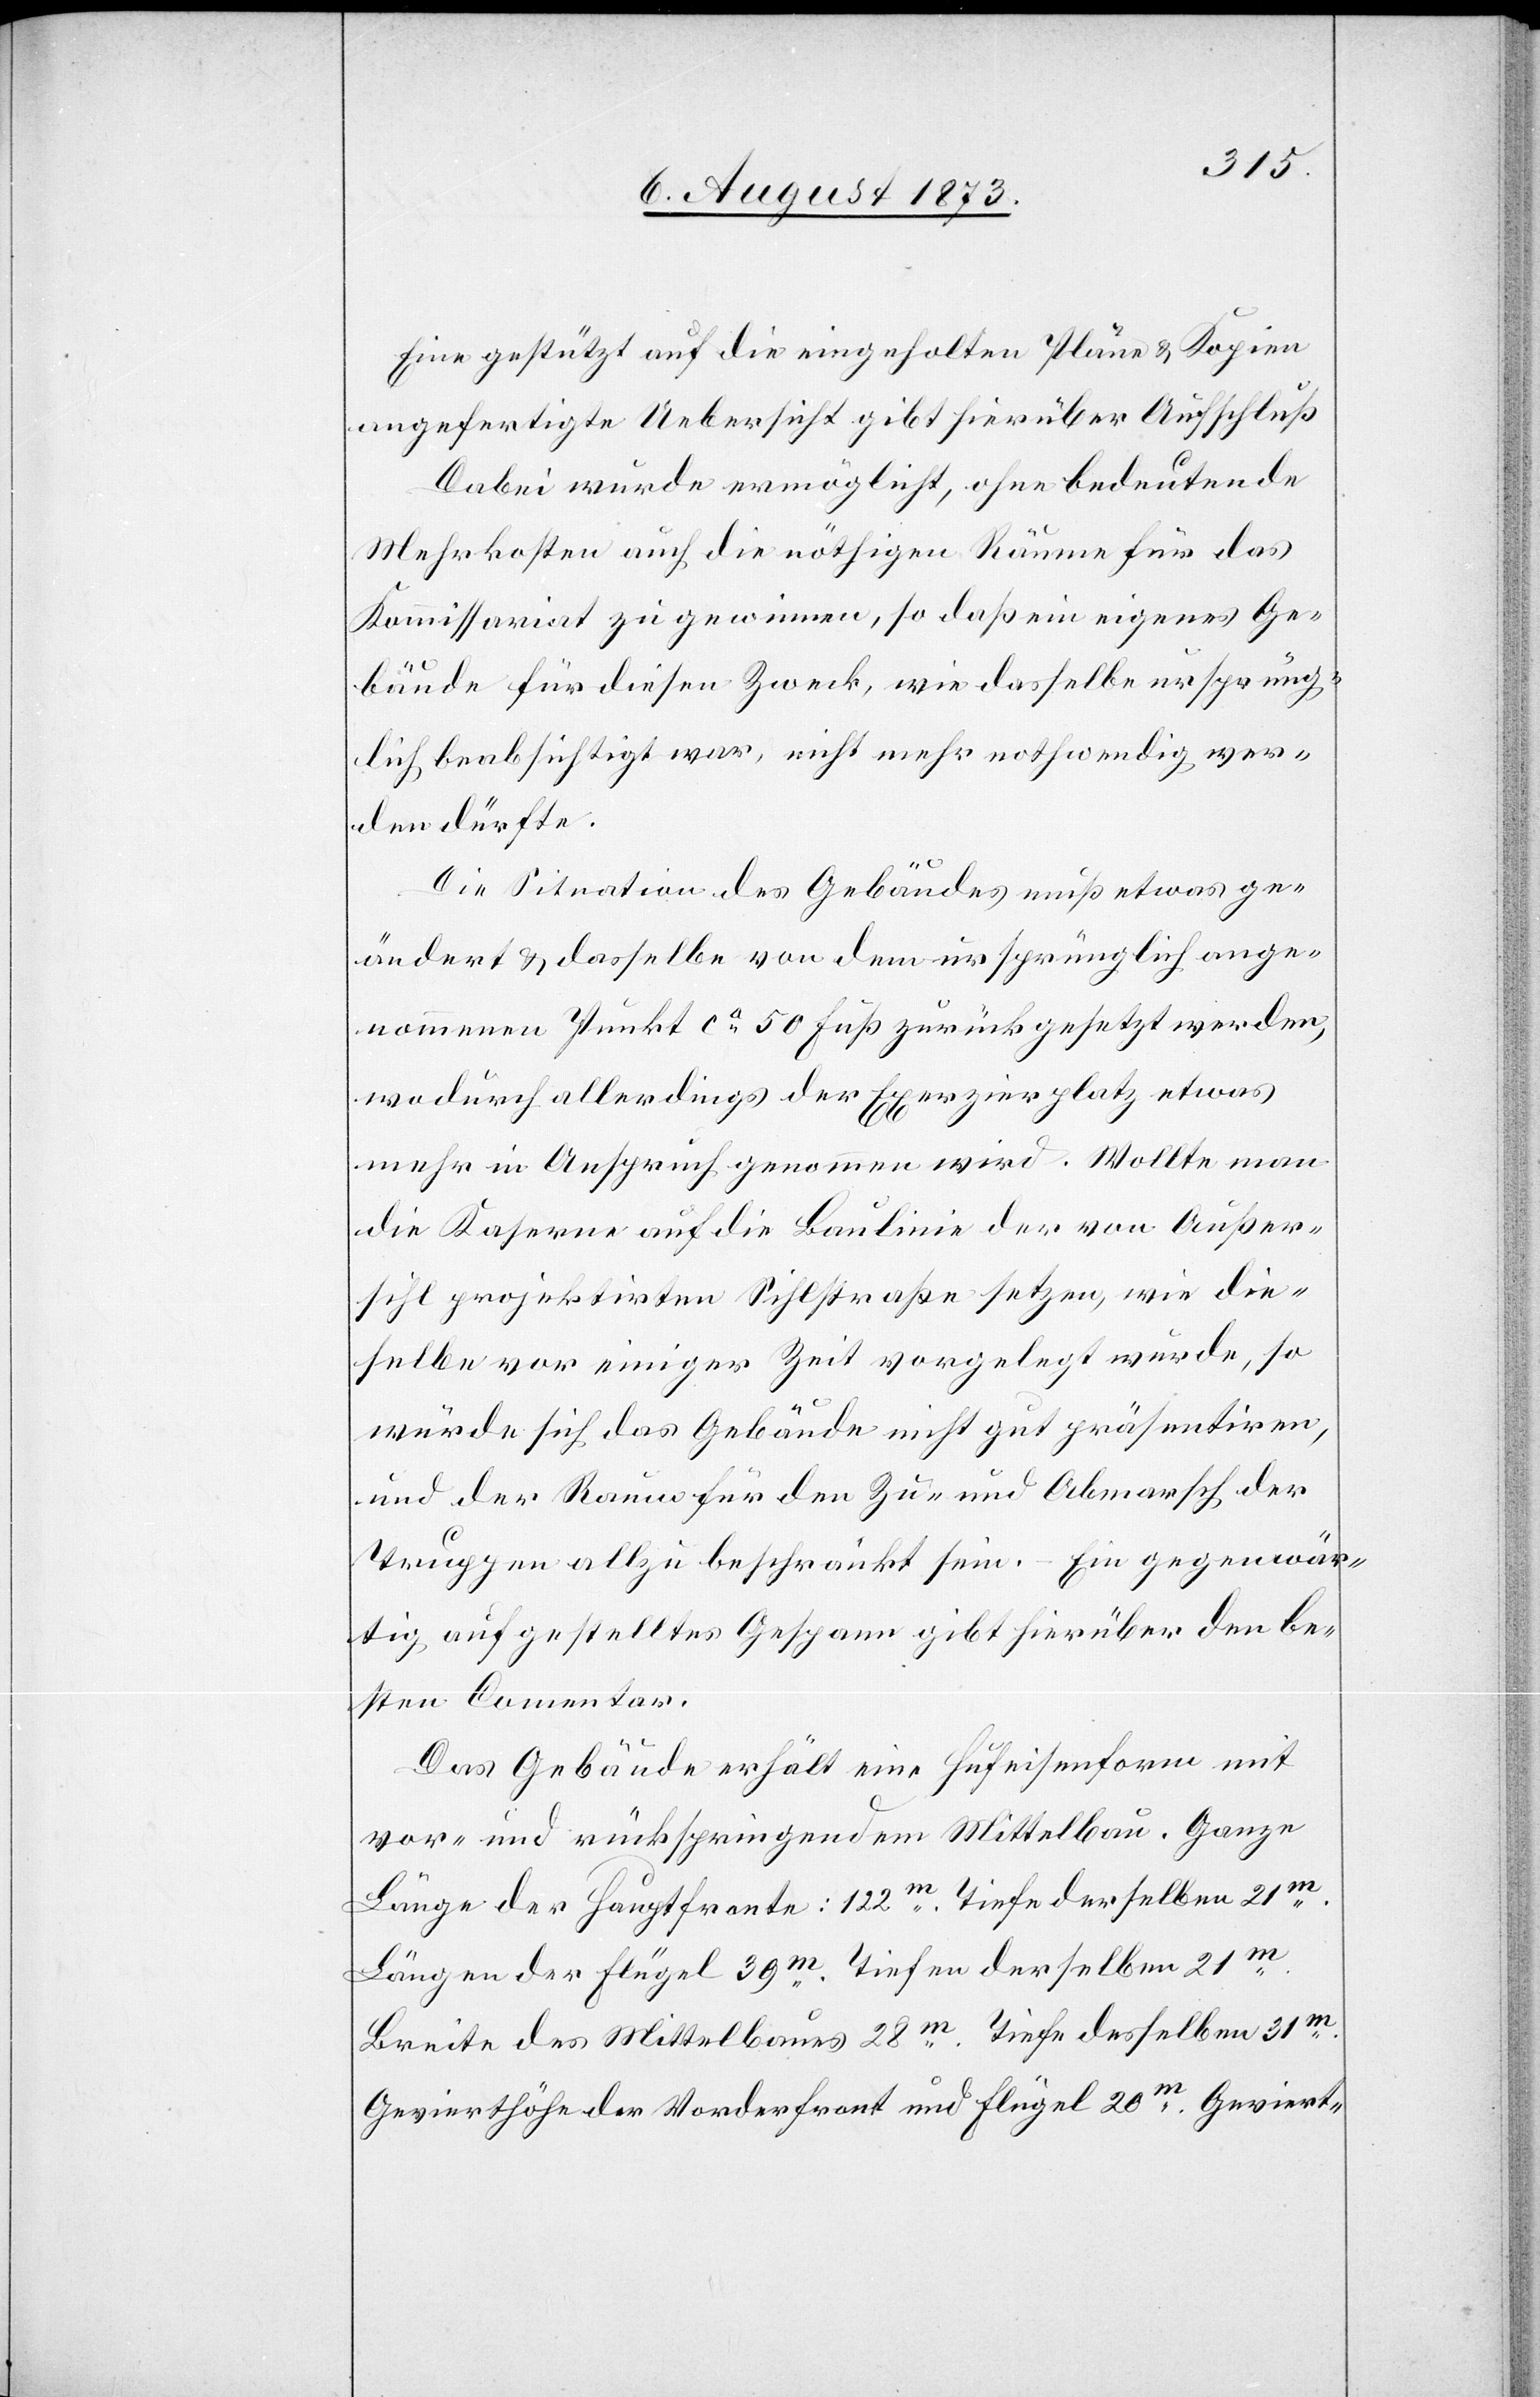
Eine gestützt auf die eingeholten Pläne & Kopien
angefertigte Uebersicht gibt hierüber Aufschluß[.]
Dabei wurde ermöglicht, ohne bedeutende
Mehrkosten auch die nöthigen Räume für das
Kommissariat zu gewinnen, so daß ein eigenes Ge¬
bäude für diesen Zweck, wie dasselbe ursprüng¬
lich beabsichtigt war, nicht mehr nothwendig wer¬
den dürfte.
Die Situation des Gebäudes muß etwas ge¬
ändert & dasselbe von dem ursprünglich ange¬
nommenen Punkt ca 50 Fuß zurückgesetzt werden,
wodurch allerdings der Exerzierplatz etwas
mehr in Anspruch genommen wird. Wollte man
die Kaserne auf die Baulinie der von Außer¬
sihl projektirten Sihlstraße setzen, wie die¬
selbe vor einiger Zeit vorgelegt wurde, so
würde sich das Gebäude nicht gut präsentiren,
und der Raum für den Zu- und Abmarsch der
Truppen allzu beschränkt sein. – Ein gegenwär¬
tig aufgestelltes Gespann gibt hierüber den be¬
sten Comentar.
Das Gebäude erhält eine Hufeisenform mit
vor- und rückspringendem Mittelbau. Ganze
Länge der Hauptfronte: 122m. Tiefe derselben 21m.
Längen der Flügel 39m. Tiefen derselben 21m.
Breite des Mittelbaues 28m. Tiefe desselben 31m.
Gevierthöhe der Vorderfront und Flügel 20m. Geviert-